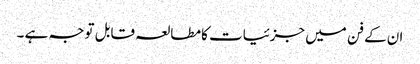
ان کے فن میں جزئیات کا مطالعہ قابل توجہ ہے ۔